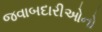
જવાબદારીઓનો